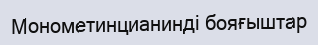
Монометинцианинді бояғыштар